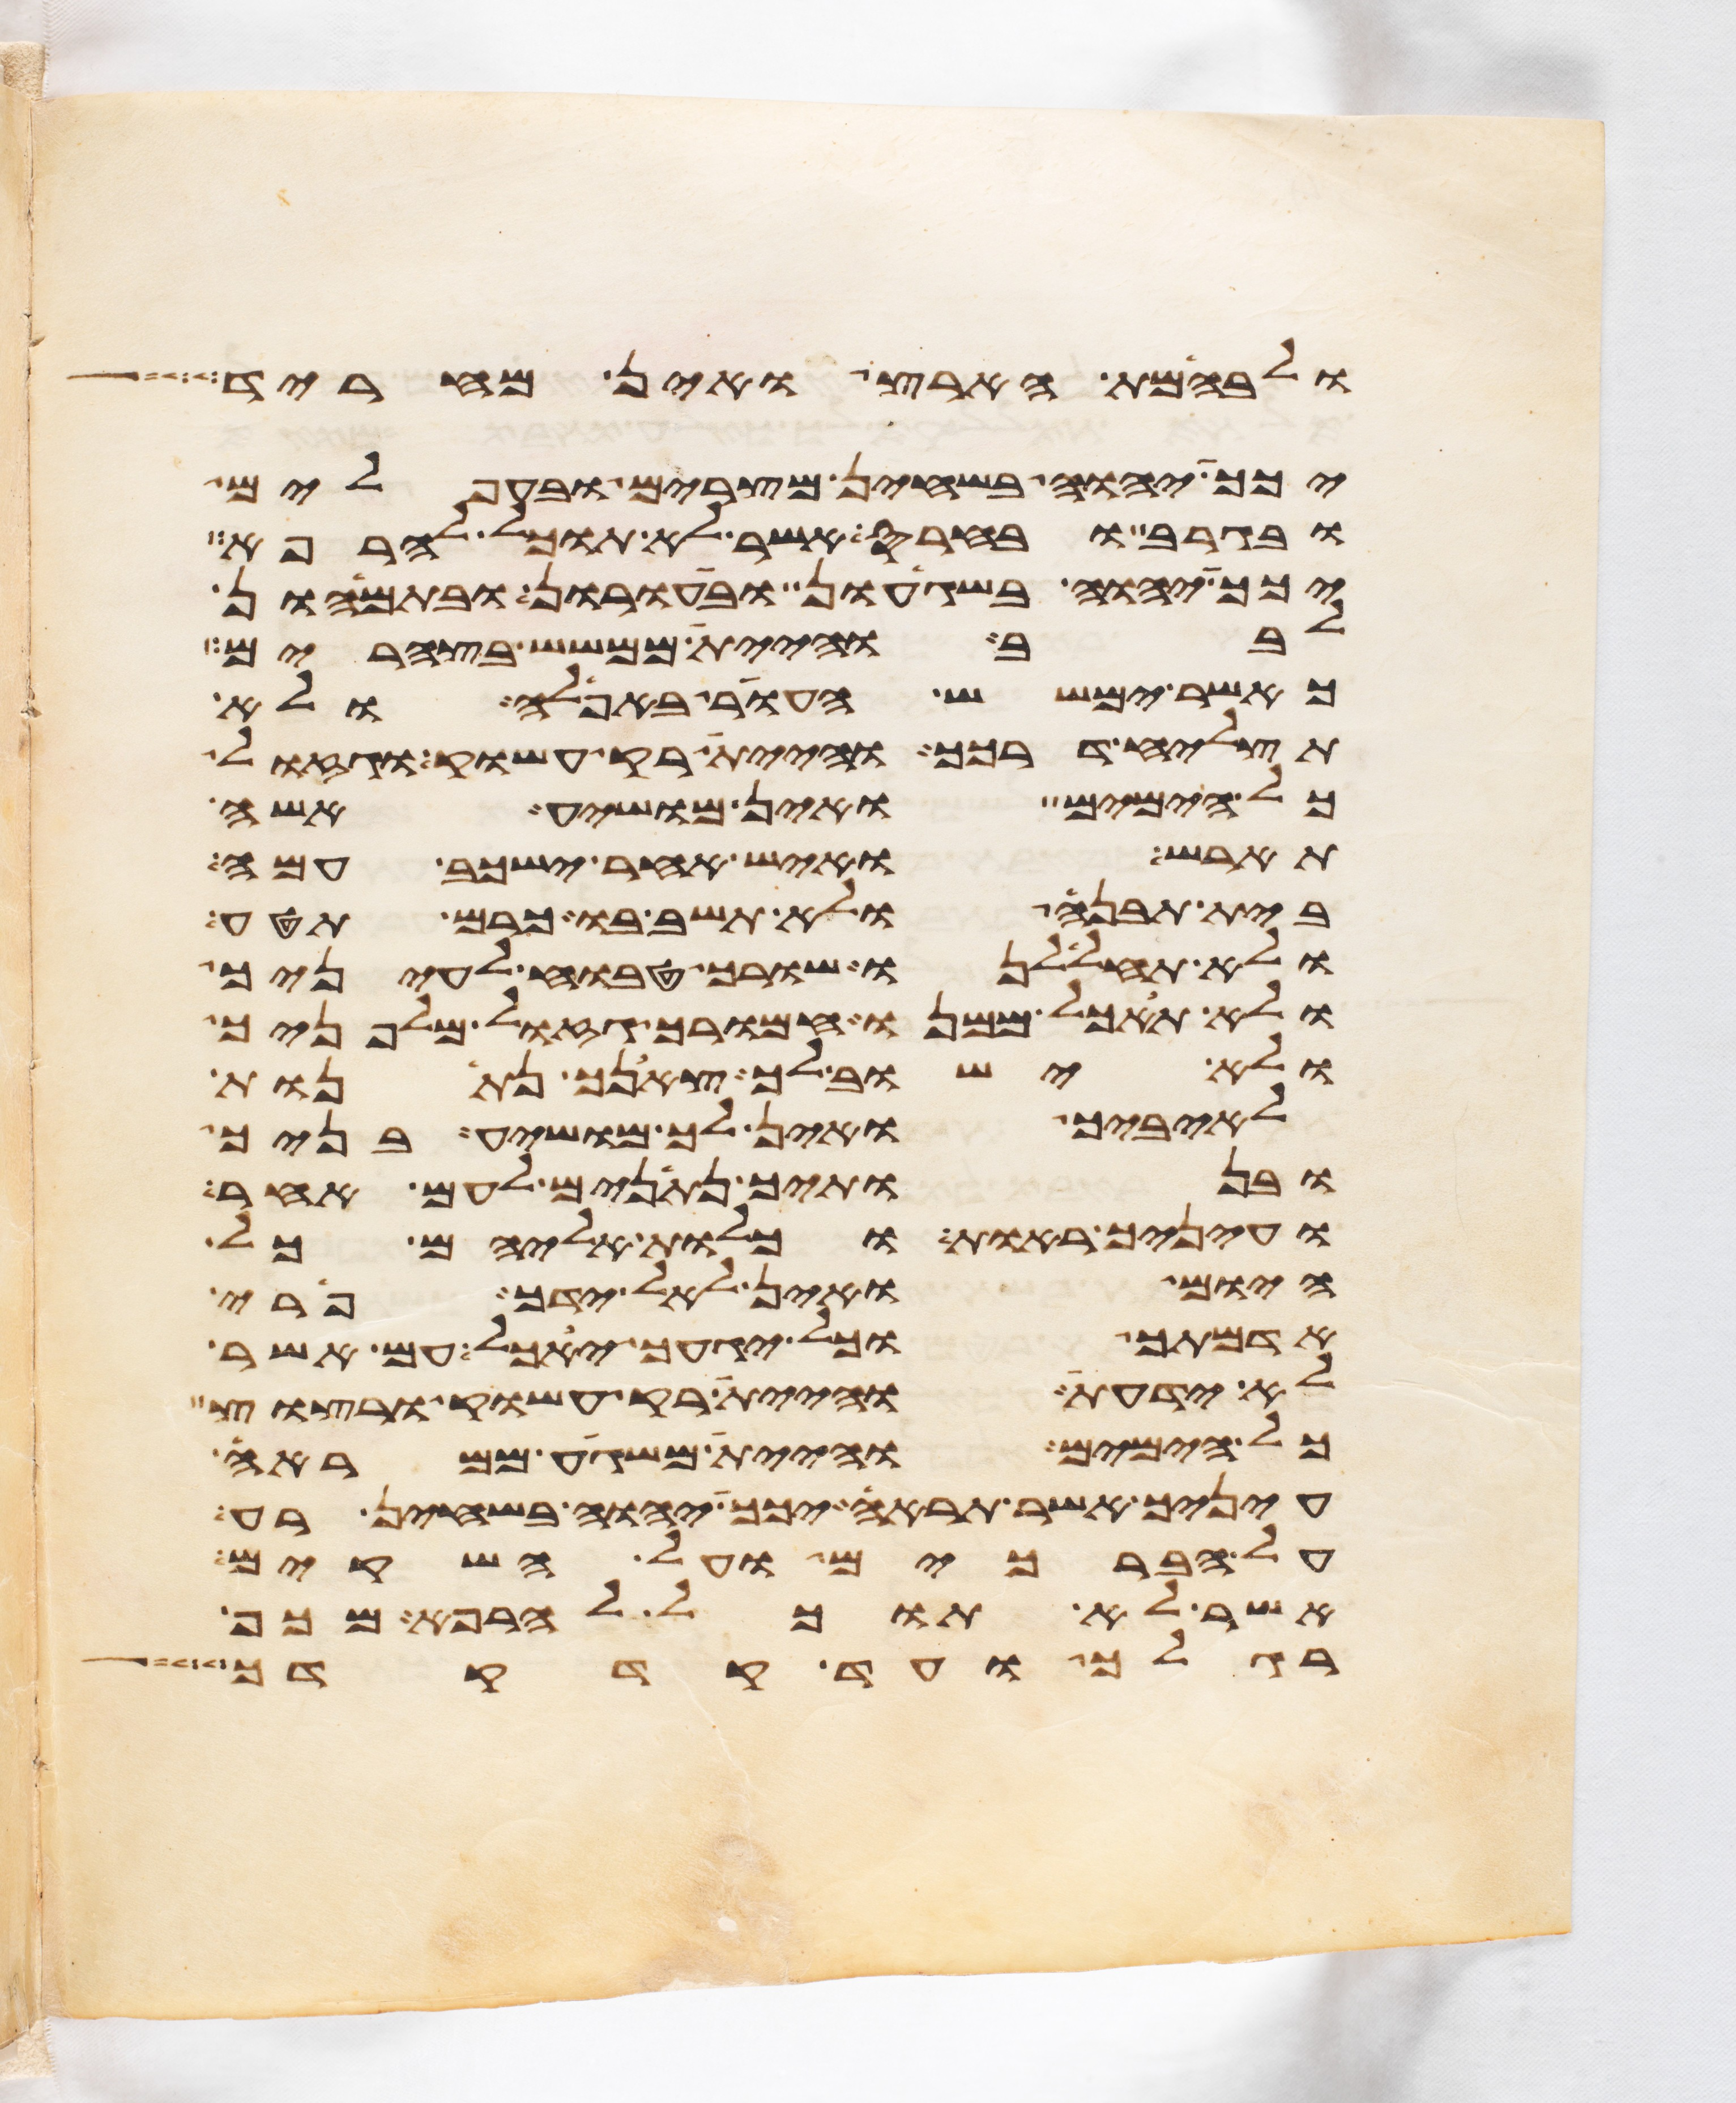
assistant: ולבהמת הארץ ואין מחריד
יכך יהוה בשחין מצרים ובעפלים
ובגרב ובחרס אשר לא תוכל להרפא
יכך יהוה בשגעון ובעורון ובתמהון
לבב והיית ממשש בצהרים
כאשר ימשש העור באפלה ולא
תצליח דרכך והיית רק עשוק וגזול
כל הימים ואין מושיע אשה
תארש ואיש אחר ישכב עמה
בית תבנה ולא תשב בו כרם תטע
ולא תחללנו שורך טבוח לעיניך
ולא תאכל ממנו חמורך גזול מלפניך
ולא ישוב לך צאנך נתנות
לאיביך ואין לך מושיע בניך
ובנתיך נתנים לעם אחר
ועיניך ראות וכלות אליהם כל
היום ואין לאל ידך פרי
אדמתך וכל יגעך יאכל עם אשר
לא ידעת והיית רק עשוק ורצוץ
כל הימים והיית משגע ממראה
עיניך אשר תראה יכך יהוה בשחין רע
על הברכים ועל השקים
אשר לא תוכל להרפא מכף
רגלך ועד קדקדך